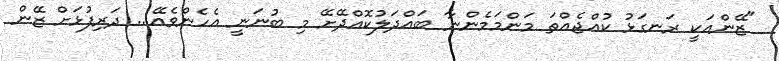
"ޒޭންއަކީ ރަނގަޅު ކުއްޖެއްތަ މަންމަމެންނާ ބައްދަލުކޮއްދޭށޭ މި ބުނަނީ އެހެންވެއޭ... ދަރިފުޅަށް ޒޭން